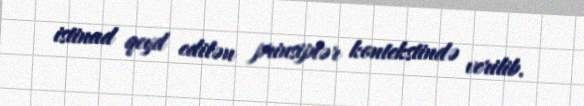
istinad qeyd edilən prinsiplər kontekstində verilib.